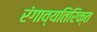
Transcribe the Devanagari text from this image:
रंगाव्यतिरिक्त